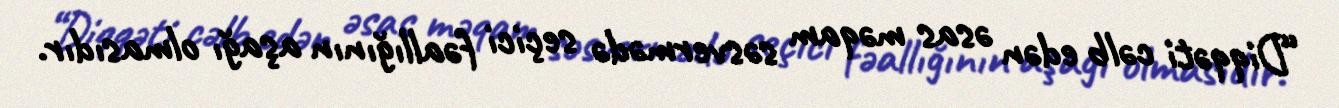
“Diqqəti cəlb edən əsas məqam səsvermədə seçici fəallığının aşağı olmasıdır.